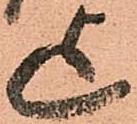
迄